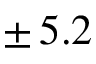
\pm \, 5 . 2